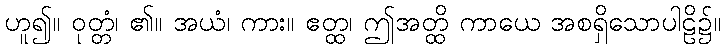
ဟူ၍။ ဝုတ္တံ၊ ၏။ အယံ၊ ကား။ ဧတ္ထ၊ ဤအတ္ထိ ကာယေ အစရှိသောပါဠိ၌။